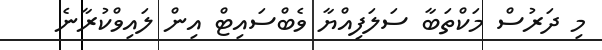
މި ދަރުސް މަކްތަބާ ސަލަފިއްޔާ ވެބްސައިޓް އިން ލައިވްކުރާނެ